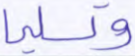
وتسليما